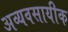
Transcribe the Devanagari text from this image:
अव्यवसायीक